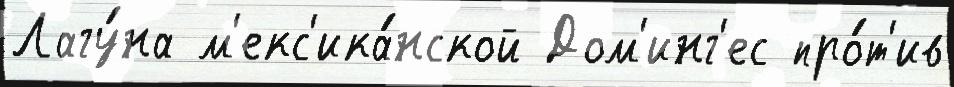
Лагу́на м'екс'ика́нской Дом'инг'ес про́т'ив